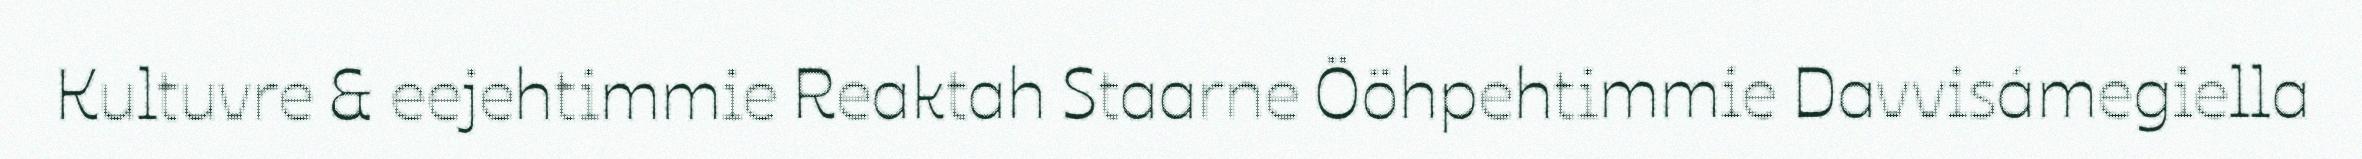
Kultuvre & eejehtimmie Reaktah Staarne Ööhpehtimmie Davvisámegiella